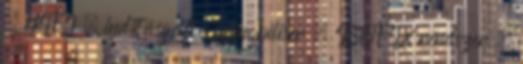
– HIFI – indításgátló immobiliser – ISOFIX rendszer –